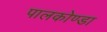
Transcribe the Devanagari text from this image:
पालकोण्डा